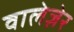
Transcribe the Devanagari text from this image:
वालेज़ेर